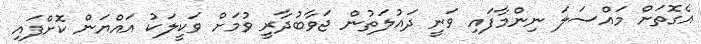
އެގޮތަށް މައްސަލަ ނިންމާފައި ވަނީ ދައުލަތުން ޖަވާބުދާރީ ވުމަށް ވަކީލަކު އައްޔަން ކޮށްފައި